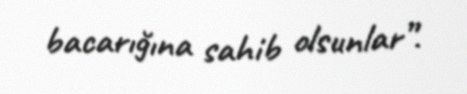
bacarığına sahib olsunlar”.